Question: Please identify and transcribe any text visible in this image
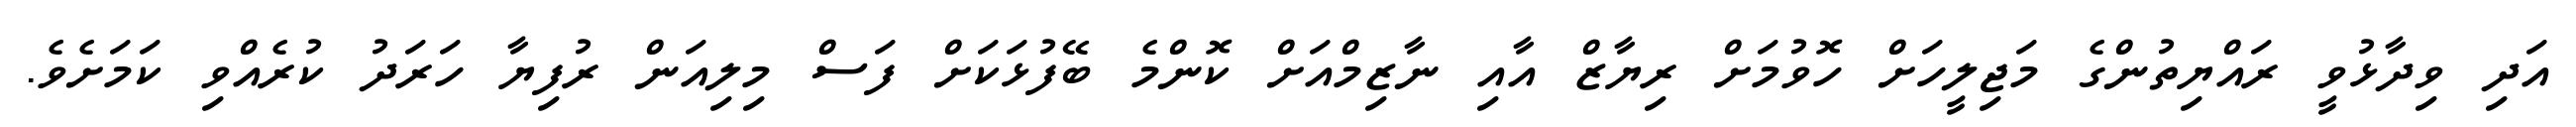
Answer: އަދި ވިދާޅުވީ ރައްޔިތުންގެ މަޖިލީހަށް ހޮވުމަށް ރިޔާޒް އާއި ނާޒިމްއަށް ކޮންމެ ބޭފުޅަކަށް ފަސް މިލިއަން ރުފިޔާ ހަރަދު ކުރެއްވި ކަމަށެވެ.